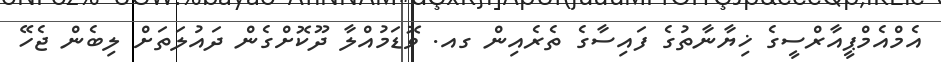
އެމްއެމްޕީއާރްސީގެ ޚިޔާނާތުގެ ފައިސާގެ ތެރެއިން ގއ. ވޮޑަމުއްލާ ދޫކޮށްގެން ދައުލަތަށް ލިބެން ޖެހޭ